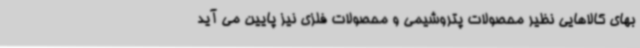
بهای کالاهایی نظیر محصولات پتروشیمی و محصولات فلزی نیز پایین می آید